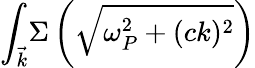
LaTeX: {\int_{\vec{k}}}\Sigma\left(\sqrt{\omega_{P}^{2}+(ck)^{2}}\right)